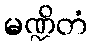
မဏ္ဍိတံ